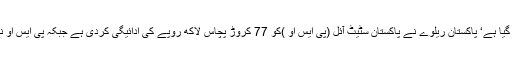
2015ء) پیٹرول بحران ‘ پاکستان ریلوے کے پاس سترہ دن کا سٹاک رہ گیا ہے‘ پاکستان ریلوے نے پاکستان سٹیٹ آئل (پی ایس او )کو 77 کروڑ پچاس لاکھ روپے کی ادائیگی کردی ہے جبکہ پی ایس او نے آئل ٹینکرز کی مدمیں ریلوے کو ایک ارب گیارہ کروڑ ادا کرنے ہیں۔